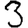
Digit: 3